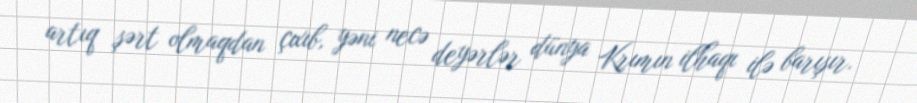
artıq şərt olmaqdan çıxıb, yəni necə deyərlər dünya Krımın ilhaqı ilə barışır.